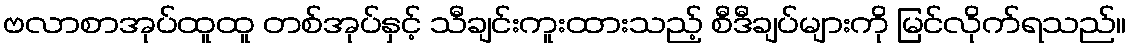
ဗလာစာအုပ်ထူထူ တစ်အုပ်နှင့် သီချင်းကူးထားသည့် စီဒီချပ်များကို မြင်လိုက်ရသည်။